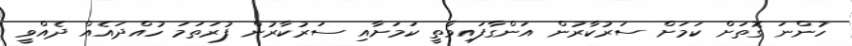
ހުންނަ ގޮތަށް ކަމަށް ސަރުކާރުން އަންގާފައިވާތީ ކަމަށާއި ސަރުކާރުން ފުރަތަމަ ހުއްދައެއް ދެއްވީ